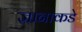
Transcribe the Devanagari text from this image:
ज्ञानाकडे